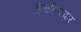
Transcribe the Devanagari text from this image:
हिचहिचाकर